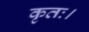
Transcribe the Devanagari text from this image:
कृतः।